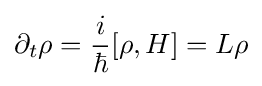
\partial _{t}\rho ={\frac {i}{\hbar }}[\rho ,H]=L\rho